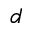
d